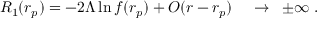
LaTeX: R _ { 1 } ( r _ { p } ) = - 2 \Lambda \ln f ( r _ { p } ) + { \cal O } ( r - r _ { p } ) \; \; \; \; \to \; \; \pm \infty \; .